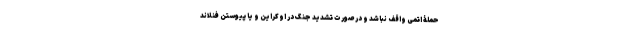
حملۀ اتمی واقف نباشد و در صورت تشدید جنگ در اوکراین و یا پیوستن فنلاند